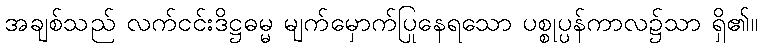
အချစ်သည် လက်ငင်းဒိဋ္ဌဓမ္မ မျက်မှောက်ပြုနေရသော ပစ္စုပ္ပန်ကာလ၌သာ ရှိ၏။